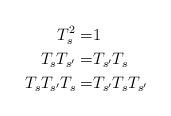
LaTeX: \begin{align*} T_s^2=&1&&\\ T_sT_{s'}=&T_{s'}T_s&&\\ T_sT_{s'}T_s=&T_{s'}T_sT_{s'}&& \end{align*}